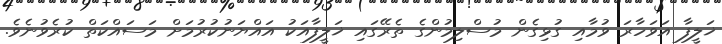
ޚަލީފާ އަވަހާރަ ވުމާއި ގުޅިގެން މުސްލިމުންގެ ތެރޭގައި ޚަލީފާއަކު އައްޔަނުކުރުމަށް މަސައްކަތް ކުރެވުނެވެ.